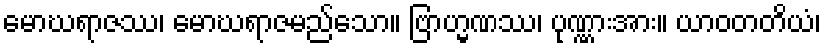
မောဃရာဇဿ၊ မောဃရာဇမည်သော။ ဗြာဟ္မဏဿ၊ ပုဏ္ဏားအား။ ယာဝတတိယံ၊